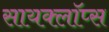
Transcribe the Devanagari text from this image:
सायक्लॉप्स